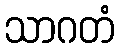
သာဂတံ